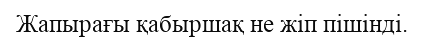
Жапырағы қабыршақ не жіп пішінді.